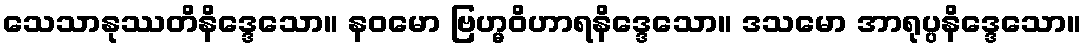
သေသာနုဿတိနိဒ္ဒေသော။ နဝမော ဗြဟ္မဝိဟာရနိဒ္ဒေသော။ ဒသမော အာရုပ္ပနိဒ္ဒေသော။